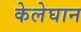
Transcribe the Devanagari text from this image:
केलेघान